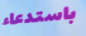
باستدعاء